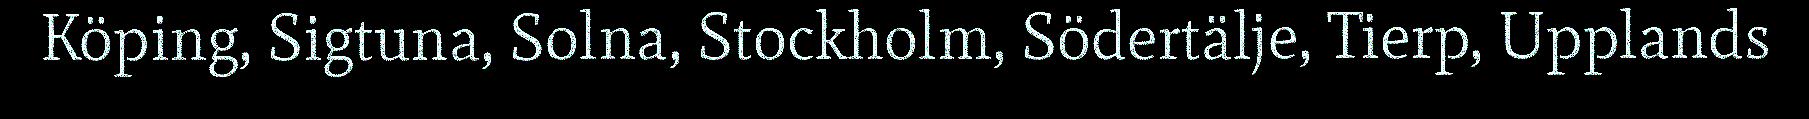
Köping, Sigtuna, Solna, Stockholm, Södertälje, Tierp, Upplands